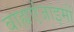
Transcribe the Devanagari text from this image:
बाह्यएंजाइमों